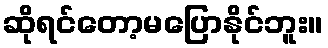
ဆိုရင်တော့မပြောနိုင်ဘူး။